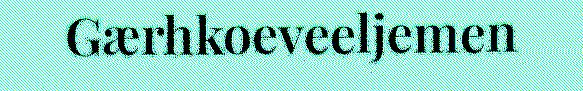
Gærhkoeveeljemen